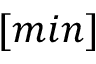
[ m i n ]